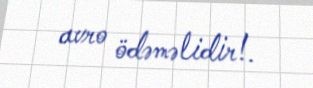
avro ödəməlidir!.